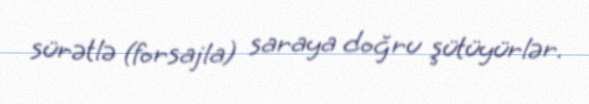
sürətlə (forsajla) saraya doğru şütüyürlər.